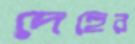
দেহের